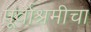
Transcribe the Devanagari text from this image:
पूर्वाश्रमीचा